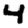
Digit: 4